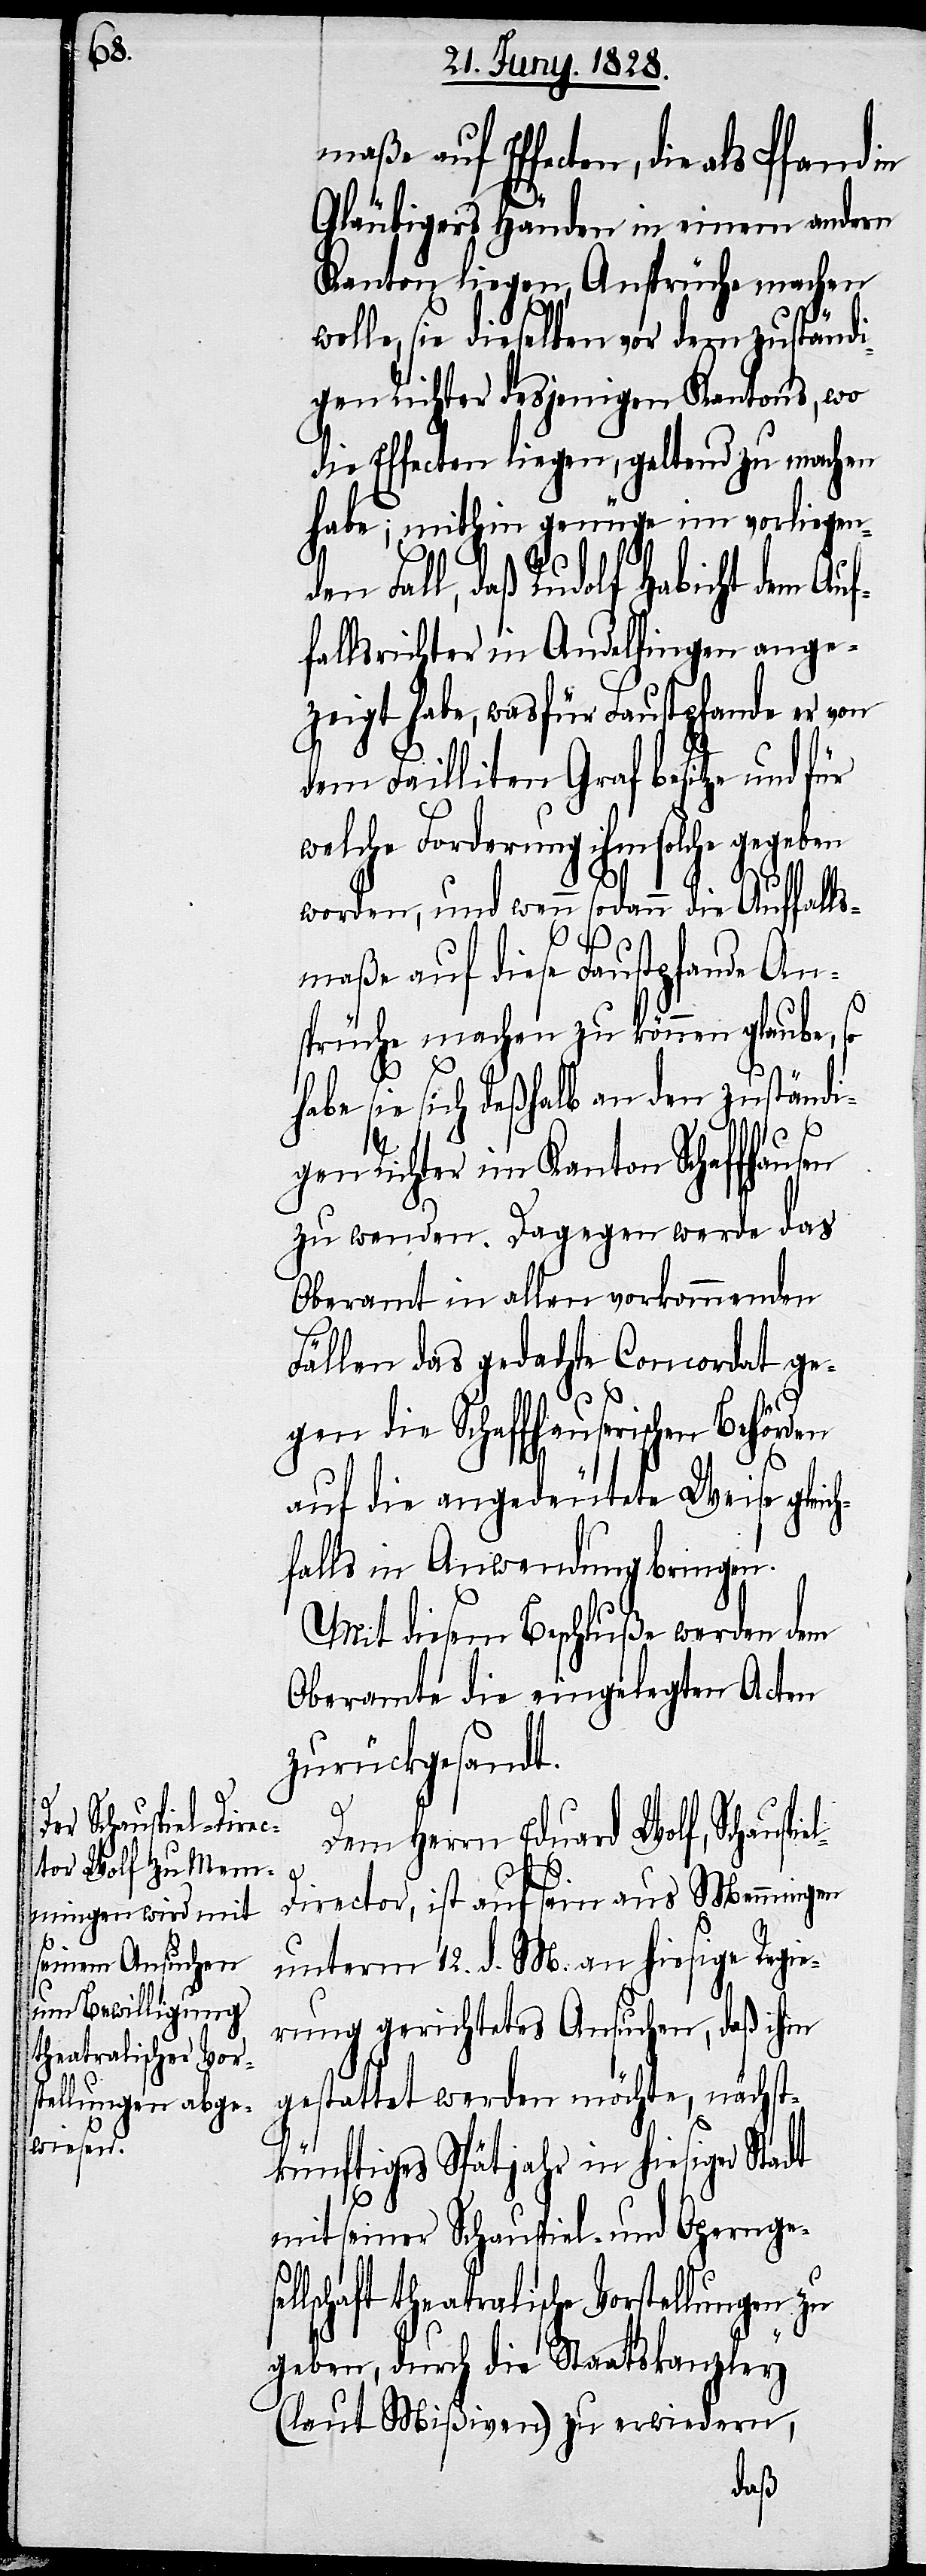
maße auf Effecten, die
Gläubigers Händen in einem andern
Kanton liegen, Ansprüche machen
wolle, sei dieselben vor dem zuständi¬
gen Richter desjenigen Kantons wo
die Effecten liegen, geltend zu machen
habe; mithin genüge im vorliegen¬
den Fall, daß Rudolf Habicht dem Auf¬
fallsrichter in Andelfingen ange¬
zeigt habe, was für Faustpfande er von
dem Failliten Graf besitze und für
welche Forderung ihm solche gegeben
worden, und wenn sodann die Auffalls¬
maße auf diese Faustpfande An¬
sprüche machen zu können glaube, so
be sie sich deßhalb an den zuständi¬
gen Richter im Kanton Schaffhausen
zu wenden. Dagegen werde das
Oberamt in allen vorkommenden
Fällen das gedachte Concordat ge¬
ha¬
gen die Schaffhauserischen Behörden
auf die angedeutete Weise gleic¬
hfalls in Anwendung bringen.
Mit diesem Beschluße werden dem
Oberamte die eingelegten Acten
zurückgesandt.
Dem Herrn Eduard Wolf, Schauspie¬
l-Director, ist auf sein aus Memmingen
unterm 12. d. M. an hiesige Regie¬
rung gerichtetes Ansuchen, daß ihm
gestattet werden möchte, nächs¬
tkünftiges Spätjahr in hiesiger Stadt
mit seiner Schauspiel- und Operngesel¬
lschaft theatralische Vorstellungen zu
geben, durch die Staatskanzley
(laut Mißiven) zu erwiedern,